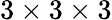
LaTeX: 3\times 3\times 3